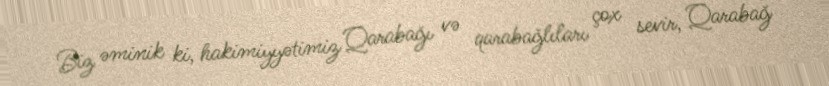
Biz əminik ki, hakimiyyətimiz Qarabağı və qarabağlıları çox sevir, Qarabağ